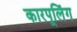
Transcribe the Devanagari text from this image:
कारपूलिंग